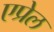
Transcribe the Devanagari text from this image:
एप्रेल